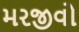
મરજીવો